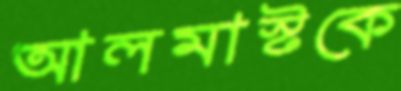
আলমাস্টকে